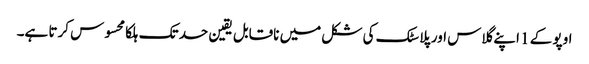
اوپو کے 1 اپنے گلاس اور پلاسٹک کی شکل میں ناقابل یقین حد تک ہلکا محسوس کرتا ہے۔